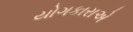
યોગકારાએ